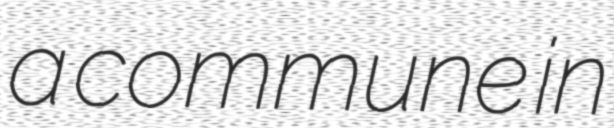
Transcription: a commune in